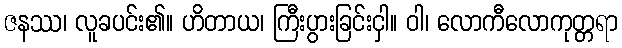
ဇနဿ၊ လူခပင်း၏။ ဟိတာယ၊ ကြီးပွားခြင်းငှါ။ ဝါ၊ လောကီလောကုတ္တရာ